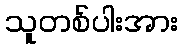
သူတစ်ပါးအား